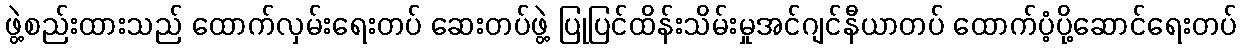
ဖွဲ့စည်းထားသည် ထောက်လှမ်းရေးတပ် ဆေးတပ်ဖွဲ့ ပြုပြင်ထိန်းသိမ်းမှုအင်ဂျင်နီယာတပ် ထောက်ပံ့ပို့ဆောင်ရေးတပ်